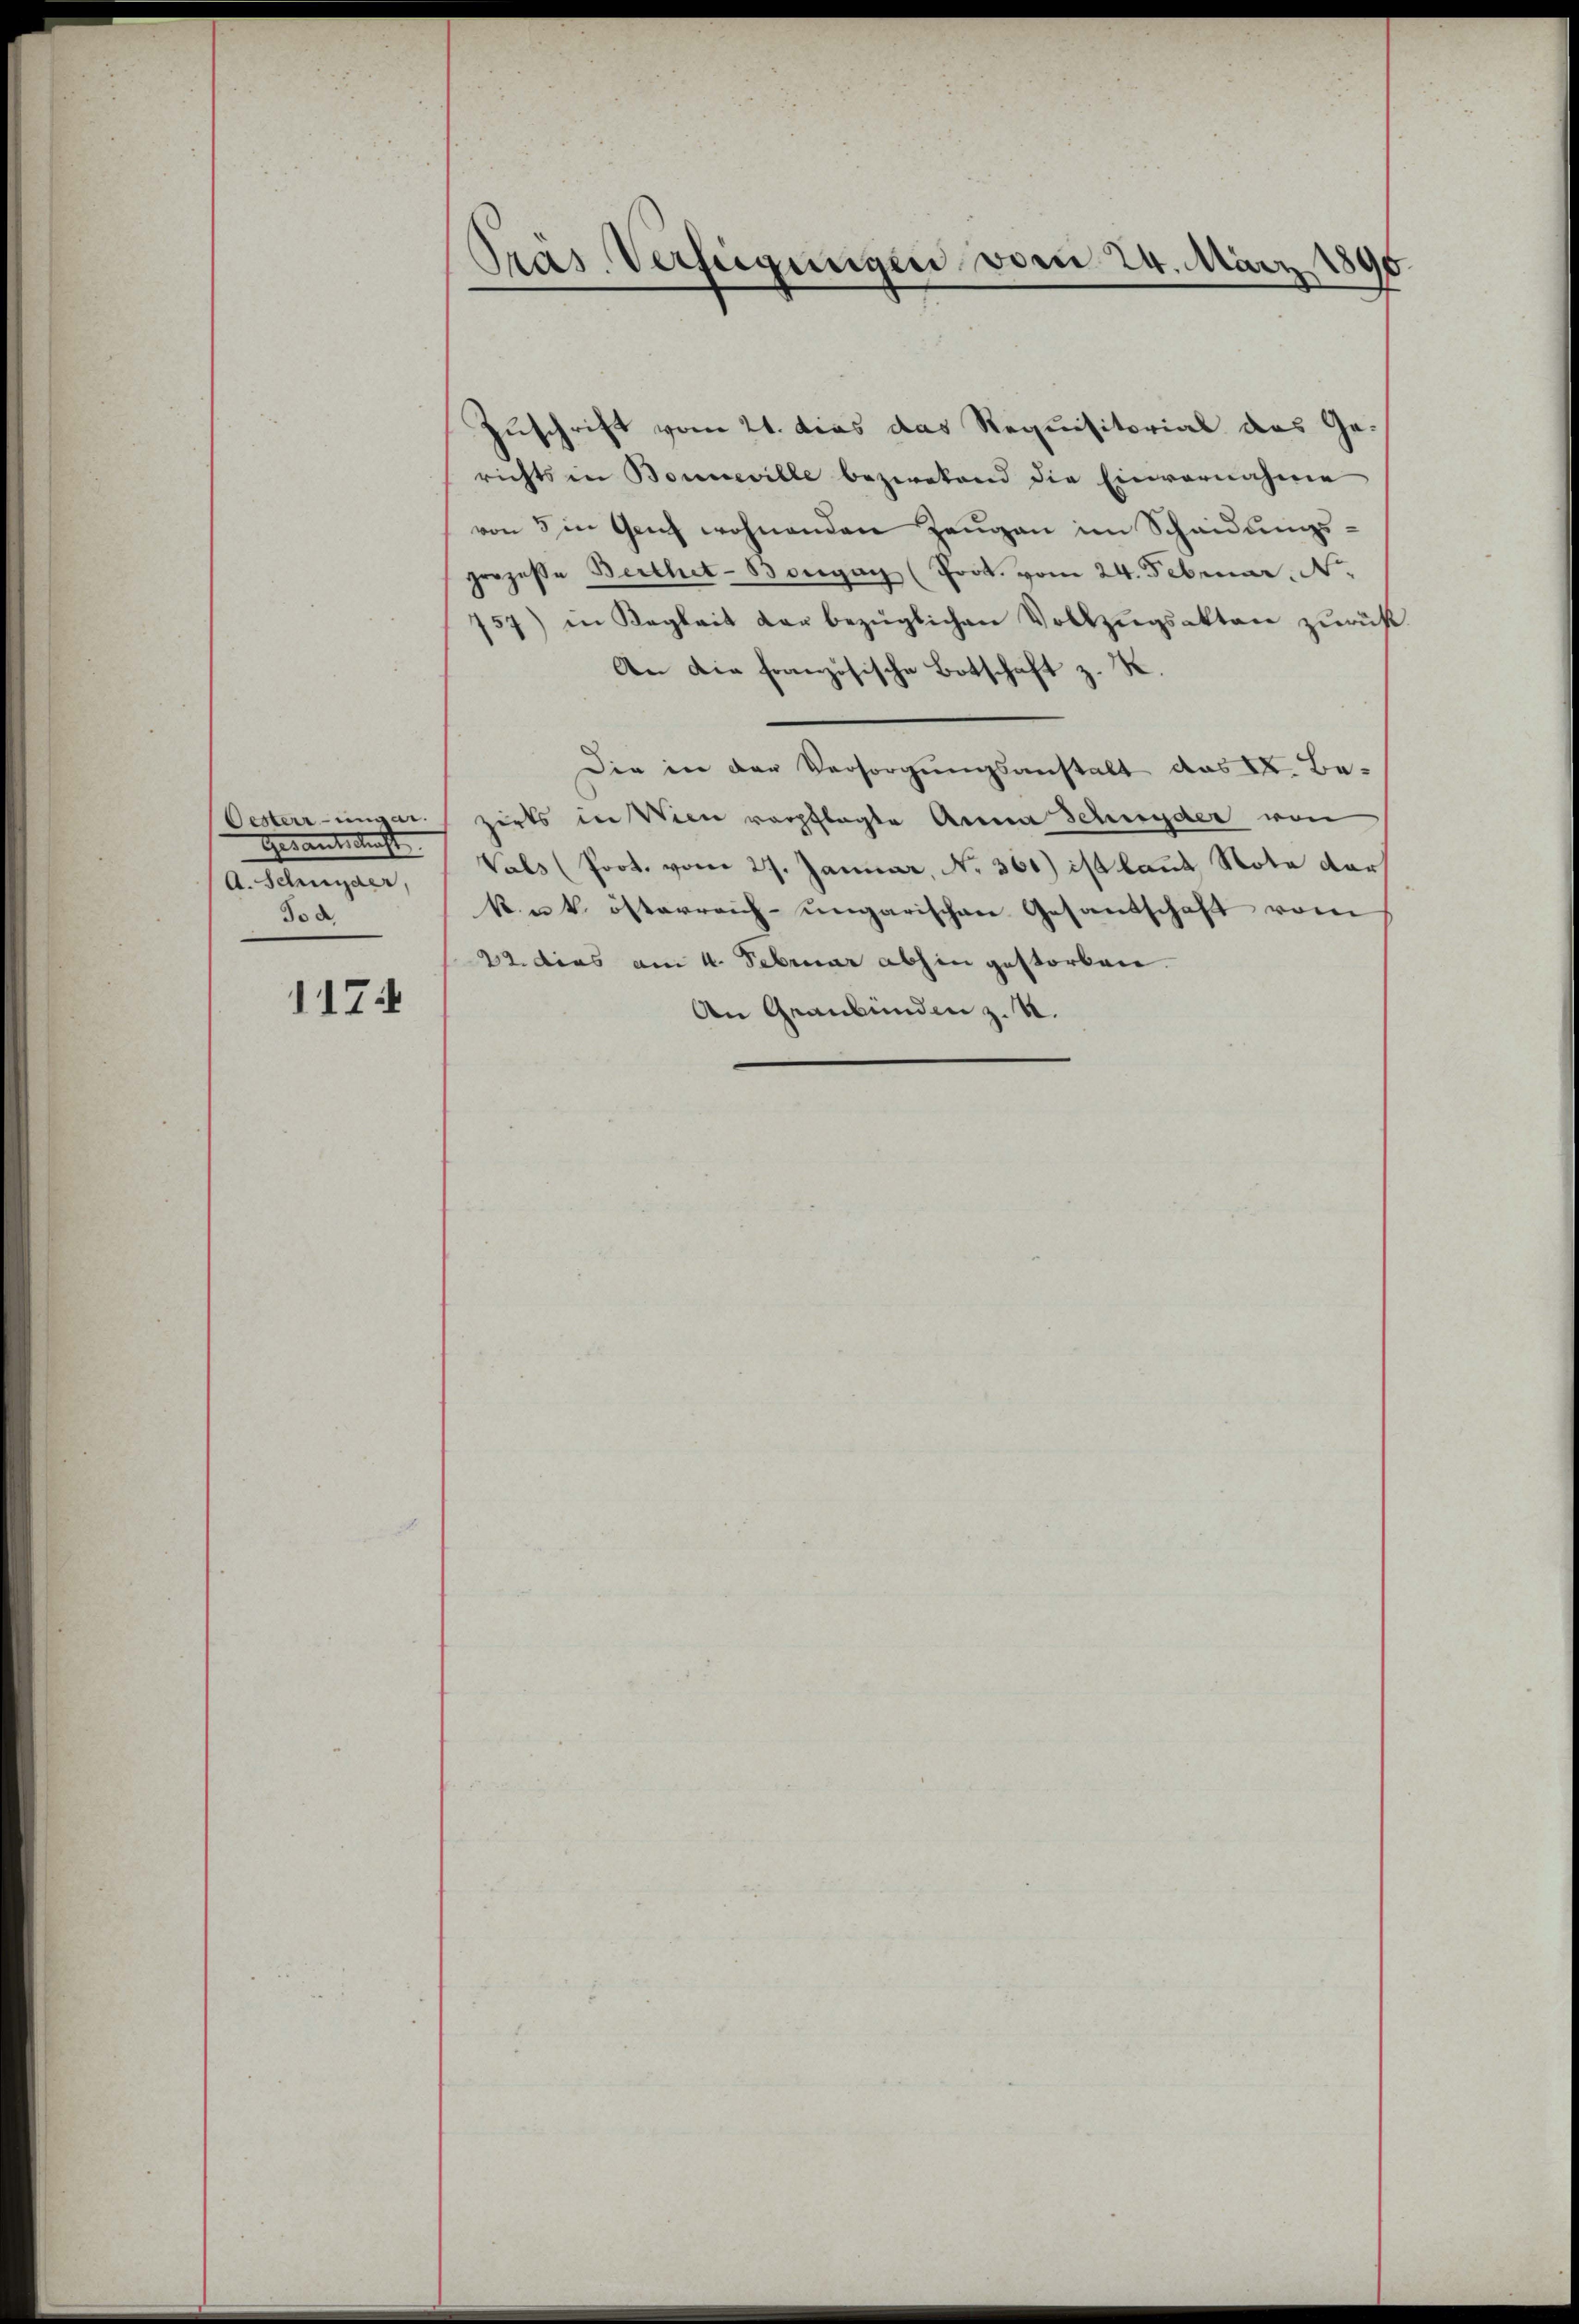
Oesterr-ungar.
Gerante kraft
A. Stirnpaar,
Jod.
1174

Präs. Verfügungen vom 24. März 180

Zuschrift vom 21. dies das Requisitorial das Gerichts in Bonneville bezwekend die Einvernahme
von 5 in Genf wohnenden Zeŭgen im Scheidŭngs-
prozesse Berthet-Borgan (Prok. vom 24. Februar. N
757) in Regleit der bezüglichen Vollzugsakten zurückt.
An die Französische Botschaft z. K.
Die in der Versorgungsanstalt das K. Be-
zirks in Wien verpflegte Anna Schnyder von
Vals (Prot. vom 27. Januar, N. 361) ist laut Nota dar
k. u. k. österreich-ungarischen Gesandschaft vom
22. dies am 4. Februar abhin gestorben.
An Graubünden z. B.